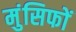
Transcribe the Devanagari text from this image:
मुंसिफों